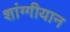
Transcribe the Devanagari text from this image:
शांग्गीयान